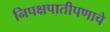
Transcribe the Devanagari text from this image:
निपक्षपातीपणाचे